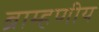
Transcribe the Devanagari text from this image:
ब्राम्हणीय